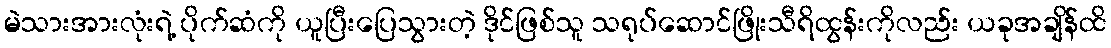
မဲသားအားလုံးရဲ့ ပိုက်ဆံကို ယူပြီးပြေသွားတဲ့ ဒိုင်ဖြစ်သူ သရုပ်ဆောင်ဖြိုးသီရိထွန်းကိုလည်း ယခုအချိန်ထိ